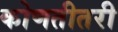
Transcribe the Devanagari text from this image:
कोणतीतरी